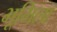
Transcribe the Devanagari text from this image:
भूमिला